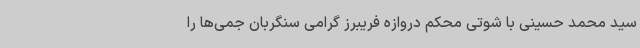
سید محمد حسینی با شوتی محکم دروازه فریبرز گرامی سنگربان جمی‌ها را